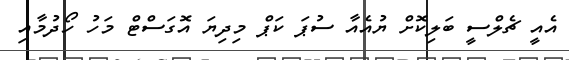
އެއީ ޗެލްސީ ބަލިކޮށް ޔުއެއާ ސުޕަ ކަޕް މިދިޔަ އޮގަސްޓް މަހު ހޯދުމާއި